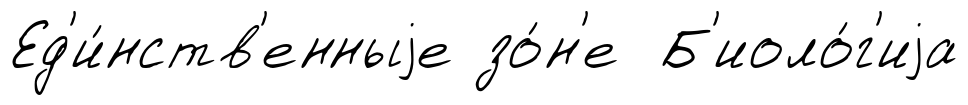
Ед'и́нств'енныjе зо́н'е Б'иоло́г'иjа